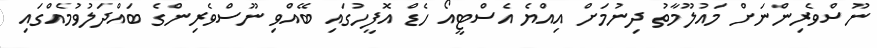
ނޫސްވެރިންނަށް މައުލޫމާތު ދިނުމަށް އިއްޔެ އެސްޓީއޯ ހެޑް އޮފީހުގައި ބޭއްވި ނޫސްވެރިންގެ ބައްދަލުވުމެއްގައި